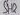
Text: SH2